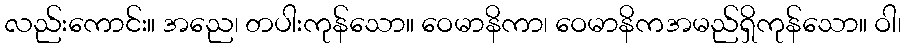
လည်းကောင်း။ အညေ၊ တပါးကုန်သော။ ဝေမာနိကာ၊ ဝေမာနိကအမည်ရှိကုန်သော။ ဝါ၊